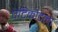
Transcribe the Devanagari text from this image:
पेटिकोटला